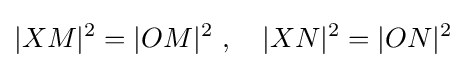
|XM|^{2}=|OM|^{2}\ ,\quad |XN|^{2}=|ON|^{2}